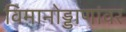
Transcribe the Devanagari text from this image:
विमानोड्डाणांवर